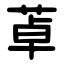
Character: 䓬